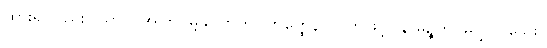
ထား၍လည်း။ ယာဝ၊ အကြင်မျှလောက်။ ဟတ္ထေန၊ လက်ဖြင့်။ န မုဉ္စတိ၊ မလွှတ်သေး။